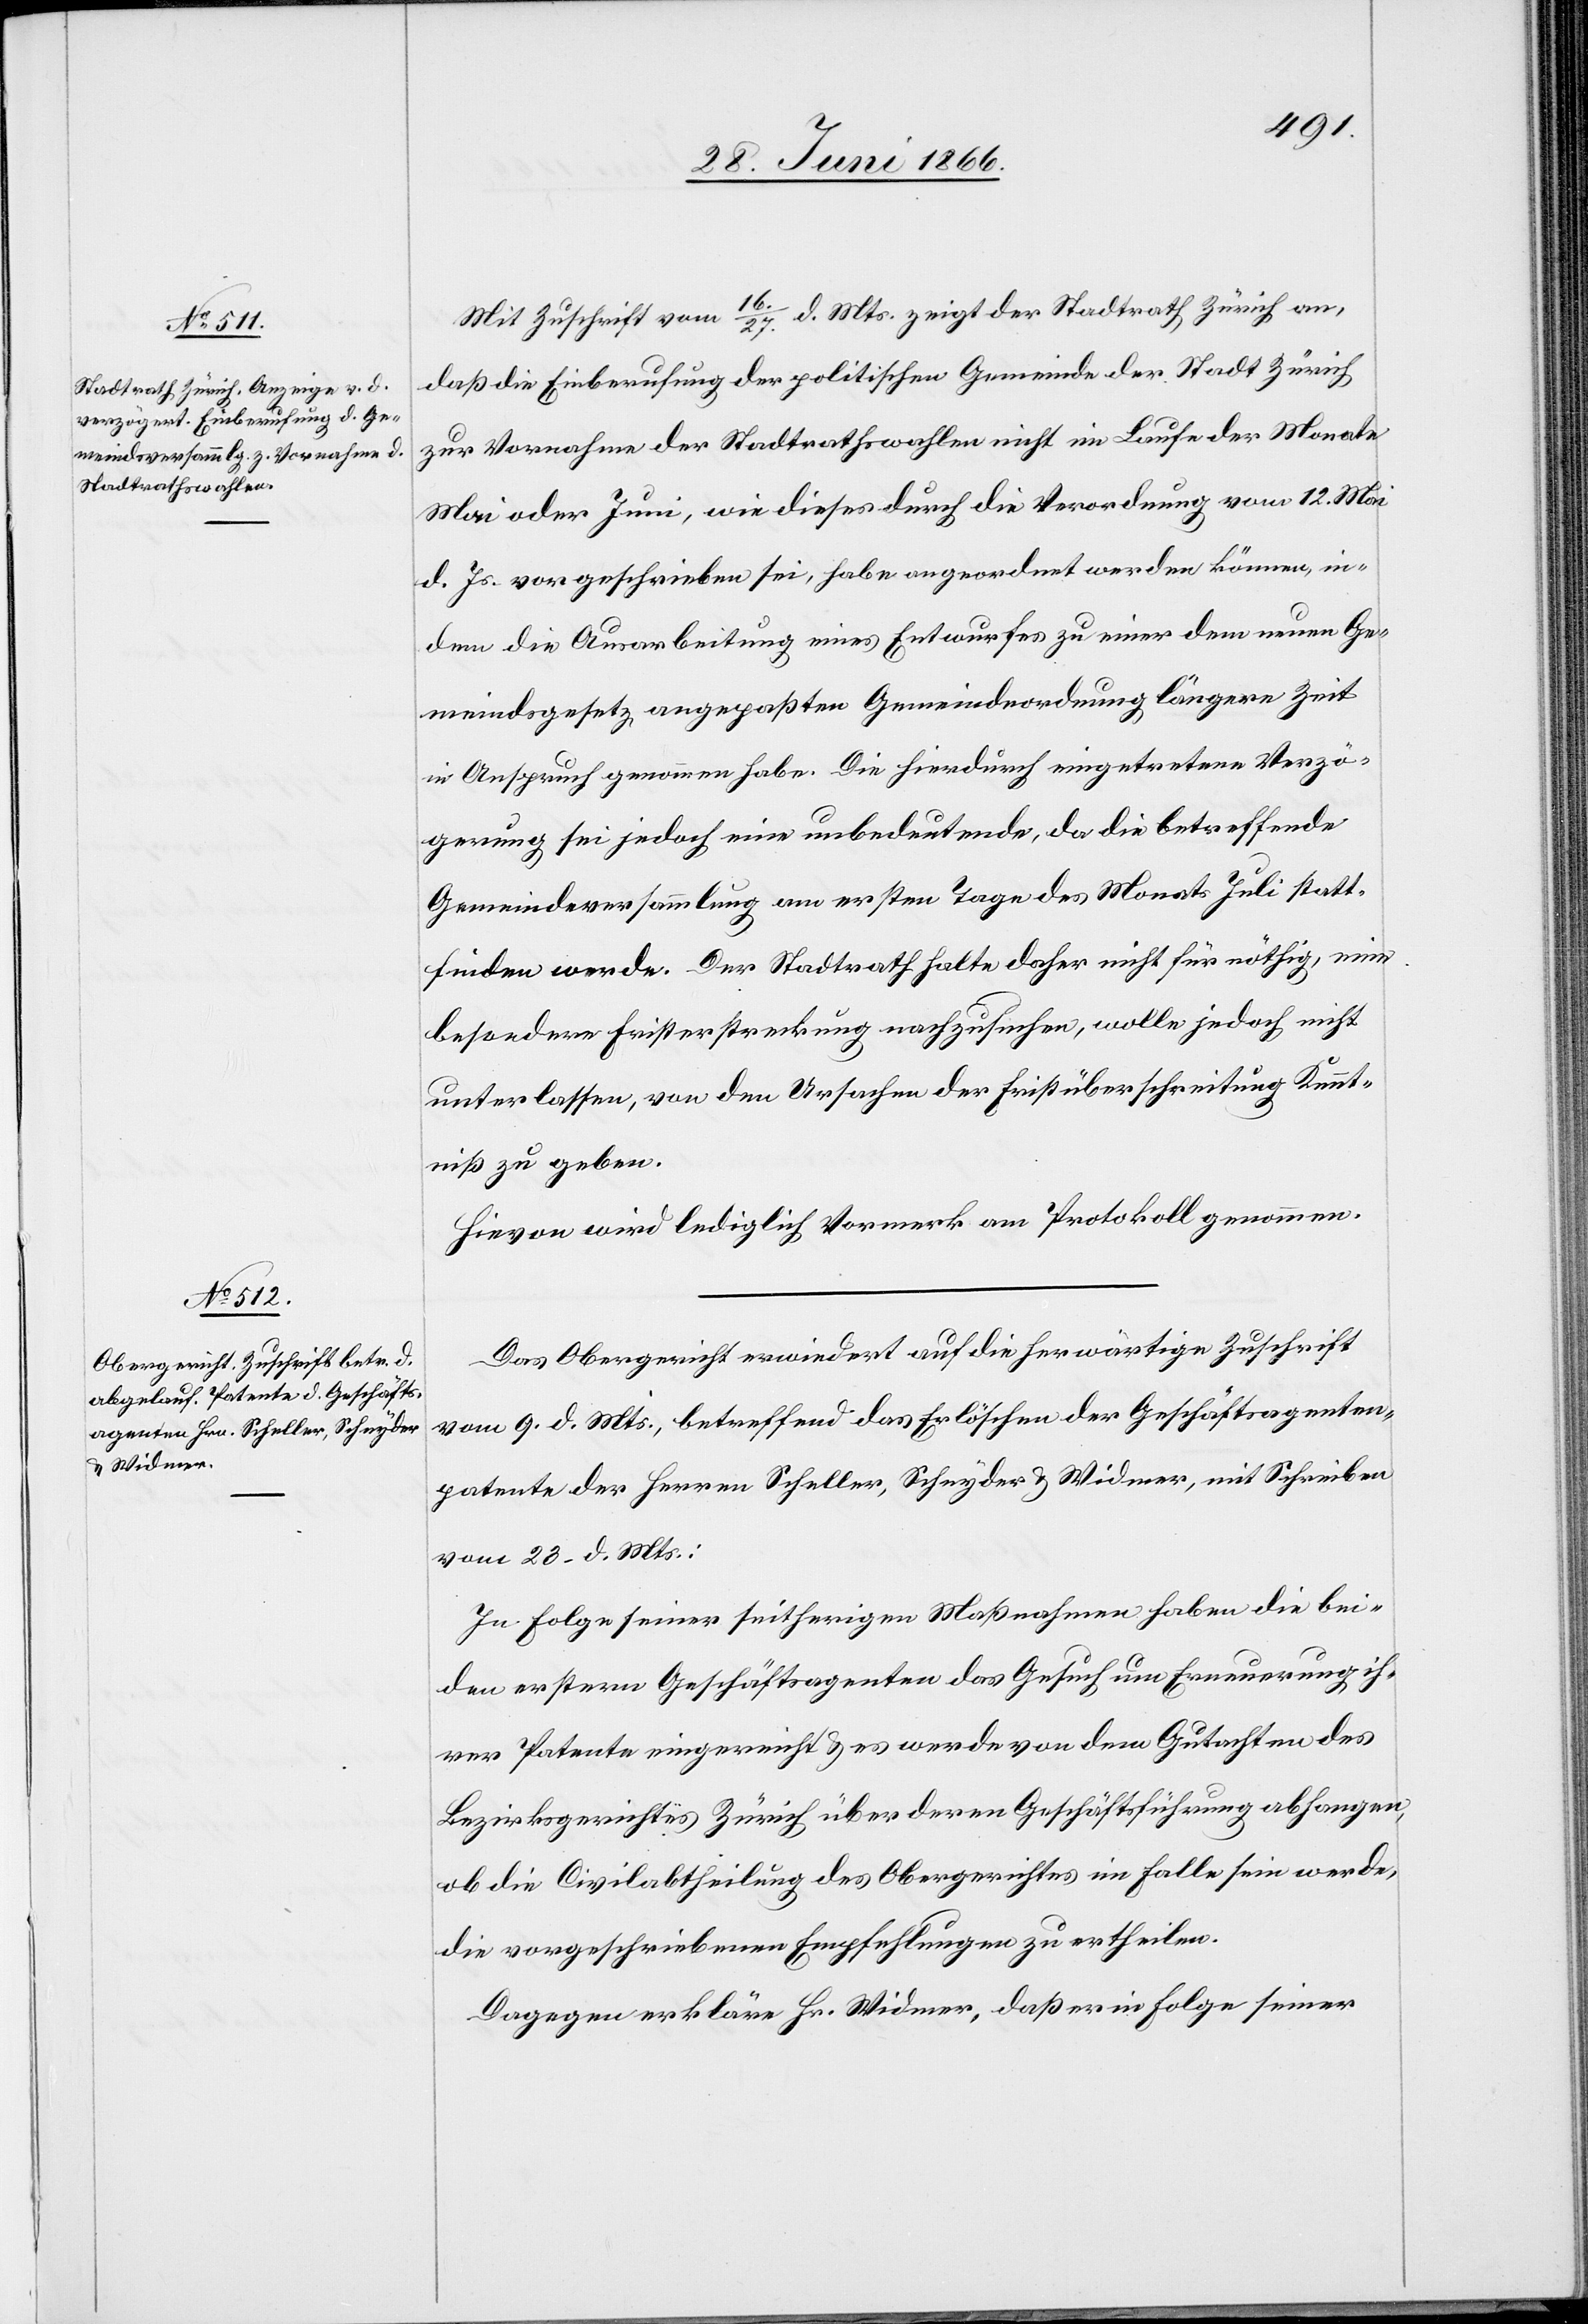
Mit Zuschrift vom 16./27. d. Mts. zeigt der Stadtrath Zürich an,
daß die Einberufung der politischen Gemeinde der Stadt Zürich
zur Vornahme der Stadtrathswahlen nicht im Laufe der Monate
Mai oder Juni, wie dieses durch die Verordnung vom 12. Mai
d. Js. vorgeschrieben sei, habe angeordnet werden können, in¬
dem die Ausarbeitung eines Entwurfes zu einer dem neuen Ge¬
meindsgesetz angepaßten Gemeindeordnung längere Zeit
in Anspruch genommen habe. Die hierdurch eingetretene Verzö¬
gerung sei jedoch eine unbedeutende, da die betreffende
Gemeindeversammlung am ersten Tage des Monats Juli statt¬
finden werde. Der Stadtrath halte daher nicht für nöthig, eine
besondere Fristerstreckung nachzusuchen, wolle jedoch nicht
unterlassen, von den Ursachen der Fristüberschreitung Kennt¬
niß zu geben.
Hievon wird lediglich Vormerk am Protokoll genommen.
Das Obergericht erwiedert auf die herwärtige Zuschrift
vom 9. d. Mts., betreffend das Erlöschen der Geschäftsagenten¬
patente der Herren Scheller, Schnyder u. Widmer, mit Schreiben
vom 23. d. Mts.:
In Folge seiner seitherigen Maßnahmen haben die bei¬
den erstern Geschäftsagenten das Gesuch um Erneuerung ih¬
rer Patente eingereicht u. es werde von dem Gutachten des
Bezirksgerichtes Zürich über deren Geschäftsführung abhangen,
ob die Civilabtheilung des Obergerichtes im Falle sein werde,
die vorgeschriebene Empfehlung zu ertheilen.
Dagegen erkläre Hr. Widmer, daß er in Folge seiner